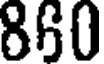
860